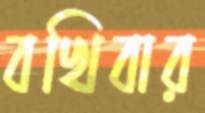
বখিবার